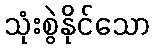
သုံးစွဲနိုင်သော